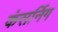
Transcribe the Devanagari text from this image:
कंसर्निग